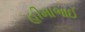
હીમાભાઈ